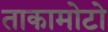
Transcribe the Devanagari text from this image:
ताकामोटो